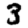
Digit: 3